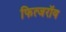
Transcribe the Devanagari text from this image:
फित्जरॉय